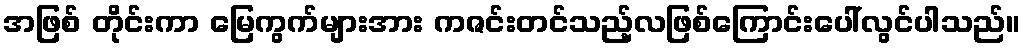
အဖြစ် တိုင်းကာ မြေကွက်များအား ကဇင်းတင်သည့်လဖြစ်ကြောင်းပေါ်လွင်ပါသည်။